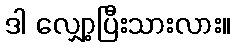
ဒါ လျှော့ပြီးသားလား။